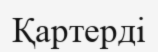
Қартерді